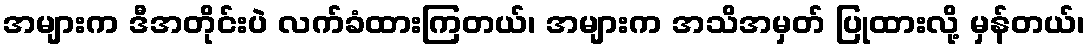
အများက ဒီအတိုင်းပဲ လက်ခံထားကြတယ်၊ အများက အသိအမှတ် ပြုထားလို့ မှန်တယ်၊